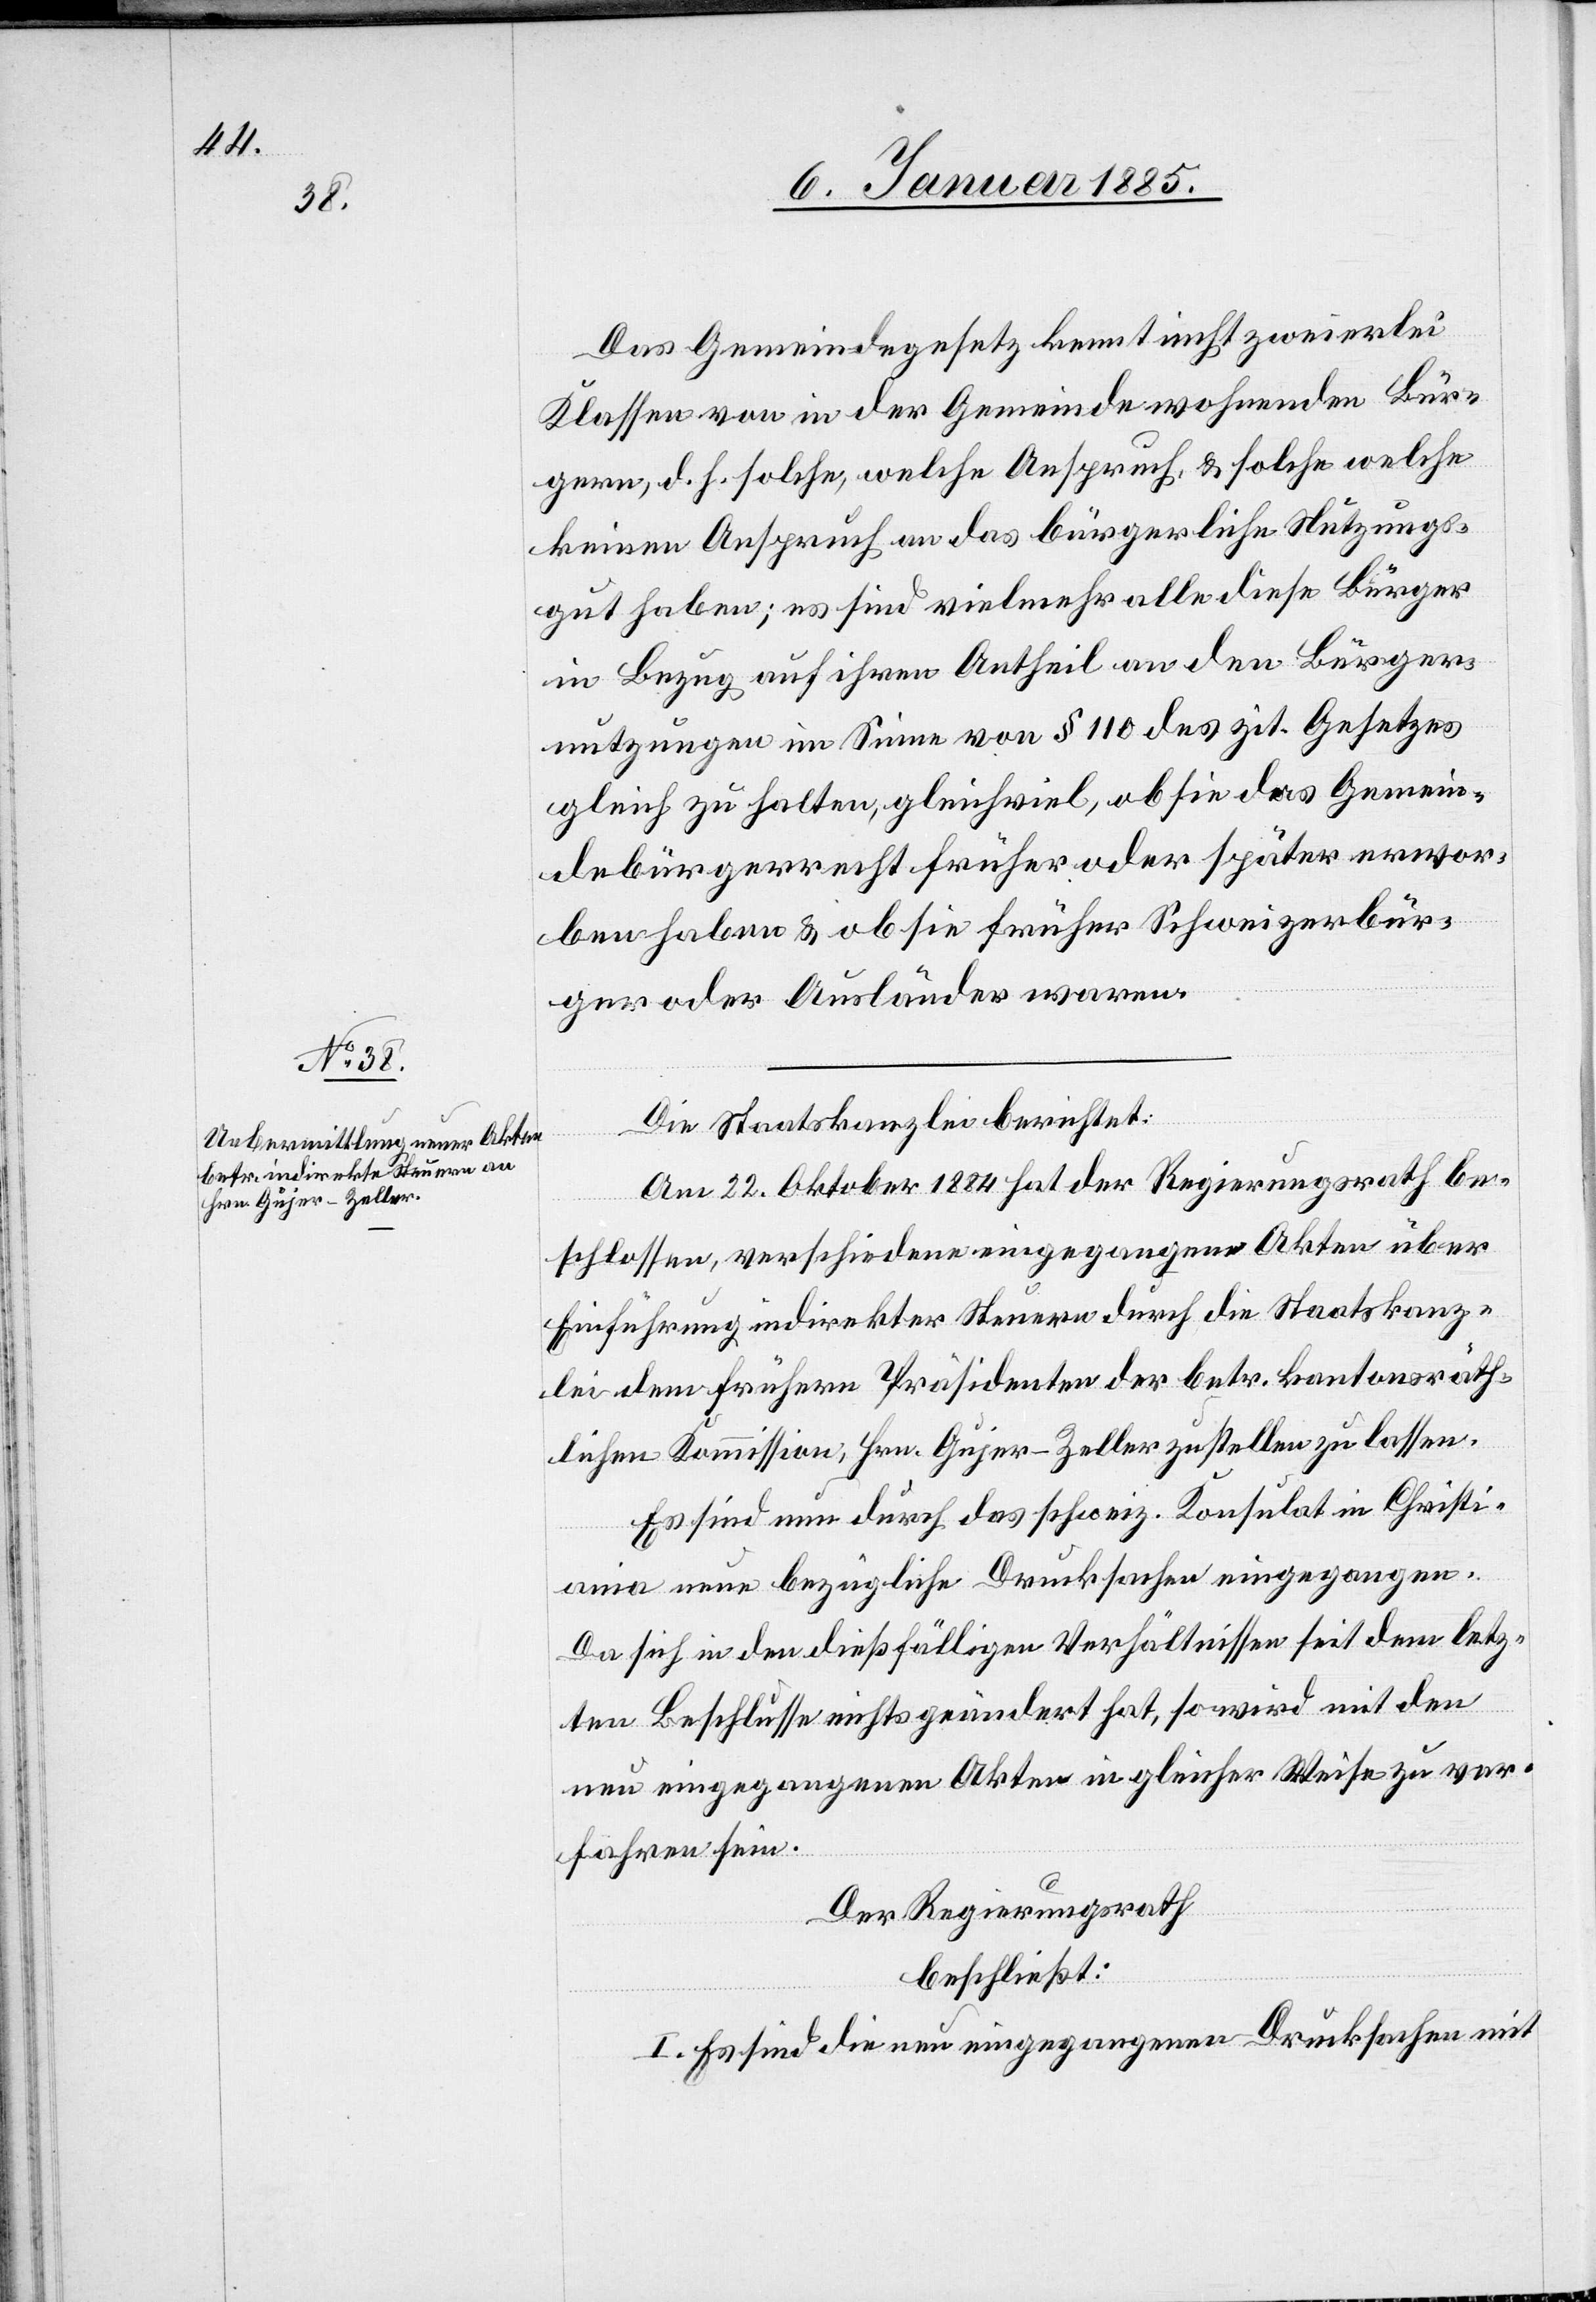
Das Gemeindegesetz kennt nicht zweierlei
Klassen von in der Gemeinde wohnenden Bür¬
gern, d. h. solche, welche Anspruch, & solche welche
keinen Anspruch an das bürgerliche Nutzungs¬
gut haben; es sind vielmehr alle diese Bürger
in Bezug auf ihren Antheil an den Bürger¬
nutzungen im Sinne von § 110 des zit. Gesetzes
gleich zu halten, gleichviel, ob sie das Gemein¬
debürgerrecht früher oder später erwor¬
ben haben & ob sie früher Schweizerbür¬
ger oder Ausländer waren.
Die Staatskanzlei berichtet:
Am 22. Oktober 1884 hat der Regierungsrath be¬
schlossen, verschiedene eingegangene Akten über
Einführung indirekter Steuern durch die Staatskanz¬
lei dem frühern Präsidenten der betr. kantonsräth¬
lichen Kommission, Hrn. Gujer-Zeller zustellen zu lassen.
Es sind nun durch das schweiz. Konsulat in Christi¬
ania neue bezügliche Drucksachen eingegangen.
Da sich in den dießfälligen Verhältnissen seit dem letz¬
ten Beschlusse nichts geändert hat, so wird mit den
neu eingegangenen Akten in gleicher Weise zu ver¬
fahren sein.
Der Regierungsrath
beschließt:
I. Es sind die neu eingegangenen Drucksachen mit